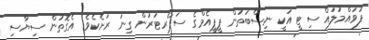
ފުވައްމުލައް ސިޓީ އަކީ ނިސްބަތުން ޕީޕީއެމްގެ ސަޕޯރޓަރުން ގިނަ ރަށެކެވެ. އެގޮތުން ސިޔާސި